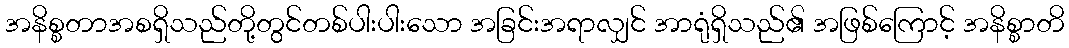
အနိစ္စတာအစရှိသည်တို့တွင်တစ်ပါးပါးသော အခြင်းအရာလျှင် အာရုံရှိသည်၏ အဖြစ်ကြောင့် အနိစ္စာတိ